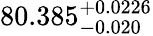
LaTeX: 80.385_{-0.020}^{+0.0226}